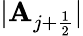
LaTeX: |{\mathbf{A}_{j+\frac{1}{2}}}|